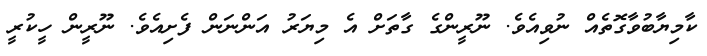
ކާމިޔާބުވާގޮތެއް ނުވިއެވެ. ނޫރީންގެ ގާތަށް އެ މިޔަރު އަންނަން ފެށިއެވެ. ނޫރީން ހީކުރީ